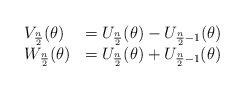
\begin{align*}\begin{array}{ll}V_{\frac{n}{2}}(\theta) & =U_{\frac{n}{2}}(\theta)-U_{\frac{n}{2}-1} (\theta)\\ W_{\frac{n}{2}}(\theta) & =U_{\frac{n}{2}}(\theta)+U_{\frac{n}{2}-1} (\theta)\end{array}\end{align*}